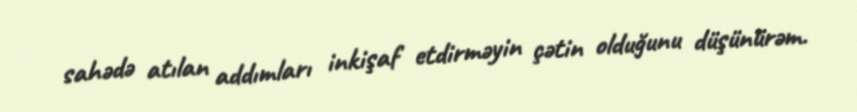
sahədə atılan addımları inkişaf etdirməyin çətin olduğunu düşünürəm.